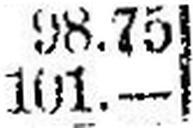
101.—